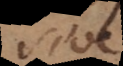
sive